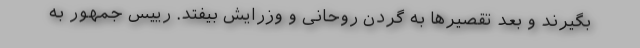
بگیرند و بعد تقصیرها به گردن روحانی و وزرایش بیفتد. رییس جمهور به